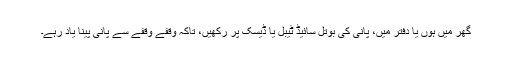
گھر میں ہوں یا دفتر میں، پانی کی بوتل سائیڈ ٹیبل یا ڈیسک پر رکھیں، تاکہ وقفے وقفے سے پانی پینا یاد رہے۔